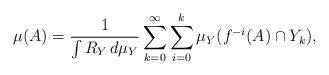
LaTeX: \begin{align*}\mu(A) = \frac{1}{\int R_Y \, d\mu_Y} \sum_{k=0}^\infty \sum_{i = 0}^k \mu_Y(f^{-i}(A) \cap Y_k),\end{align*}